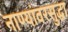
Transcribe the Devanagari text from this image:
नाण्यांवरसुद्धा